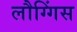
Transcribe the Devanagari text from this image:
लौग्गिंस